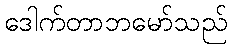
ဒေါက်တာဘမော်သည်